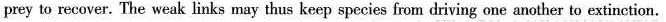
prey to recover. The weak links may thus keep species from driving one another to extinction.